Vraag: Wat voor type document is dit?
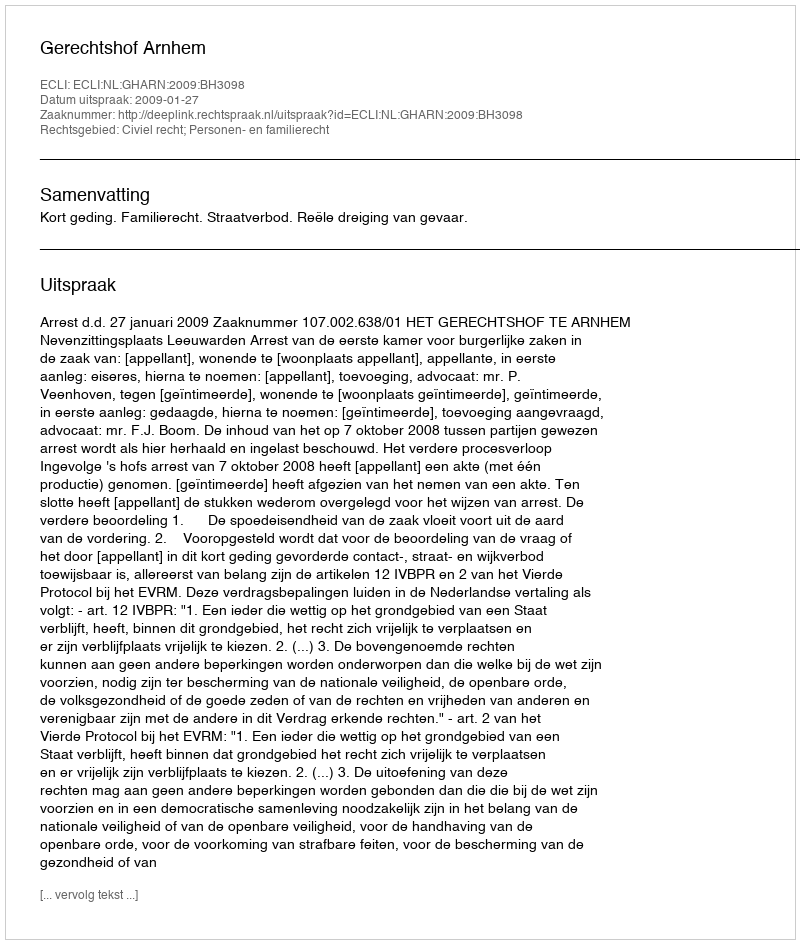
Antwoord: Uitspraak